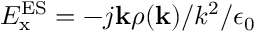
E _ { \mathrm { x } } ^ { \mathrm { E S } } = - j { \mathbf { k } } \rho ( { \mathbf { k } } ) / k ^ { 2 } / \epsilon _ { 0 }